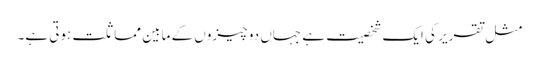
مثل تقریر کی ایک شخصیت ہے جہاں دو چیزوں کے مابین مماثلت ہوتی ہے۔